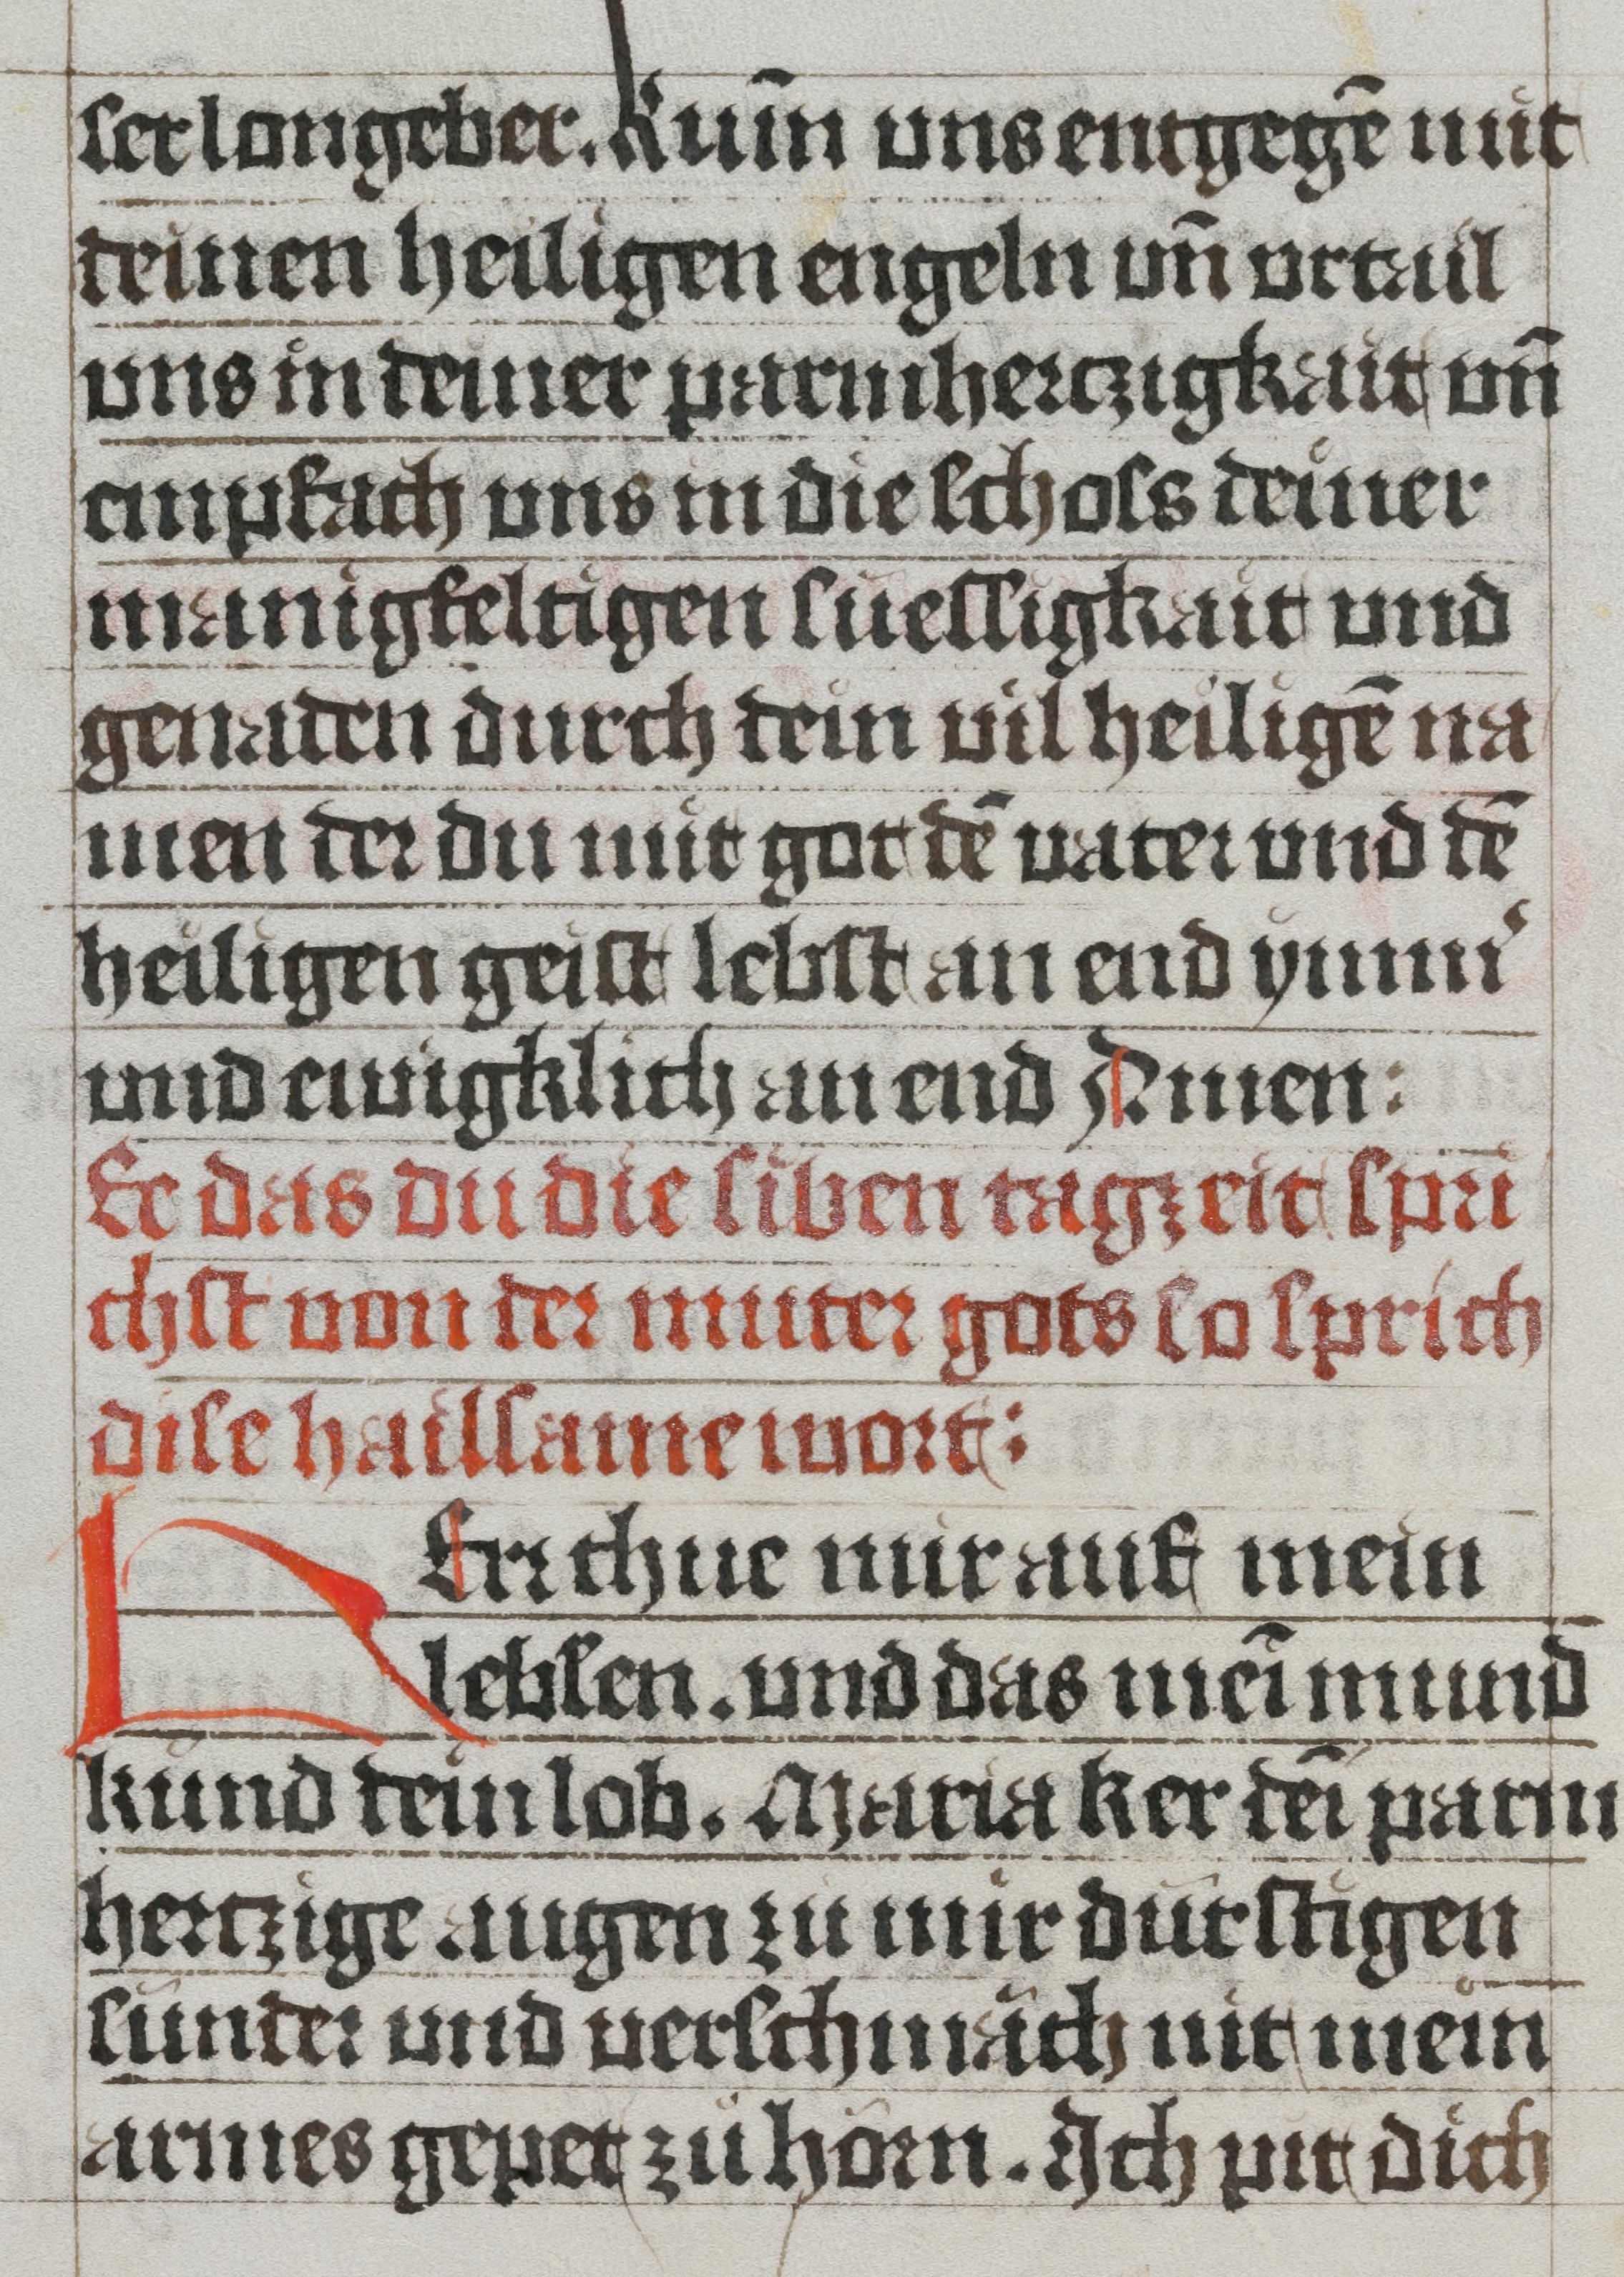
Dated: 1485–1535